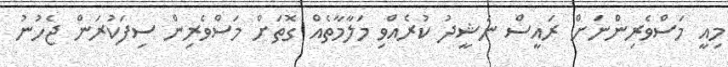
މިއީ މަސްވެރިންނަށް ރައީސް ނަޝީދު ކުރެއްވި މަލާމާތެއް ގޮތަށް މަސްވެރިން ސިފަކުރަން ޖެހުނު